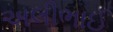
અલીભાઈ